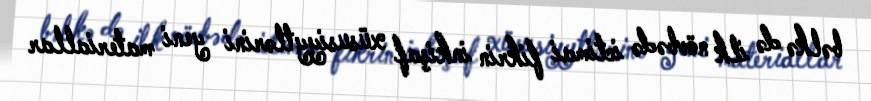
bəlkə də ilk növbədə ictimai fikrin inkişaf xüsusiyytlərini yeni materiallar